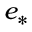
e _ { * }